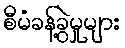
စီမံခန့်ခွဲမှုများ